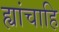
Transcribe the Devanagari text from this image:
ह्यांचाहि